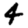
Digit: 4